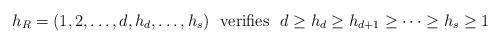
LaTeX: \begin{align*} h_R=(1,2,\ldots ,d, h_d,\ldots ,h_s)\ \mbox{ verifies } \ d\geq h_d\geq h_{d+1}\geq \cdots \geq h_s\geq 1 \end{align*}